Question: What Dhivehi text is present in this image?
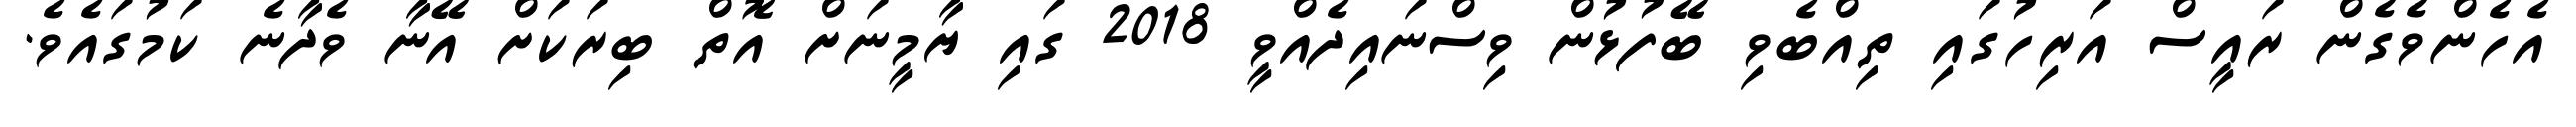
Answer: އެހެންވެގެން ރައީސް އަރިހުގައި ތިއްބެވި ބޭފުޅުން ވިސްނައިދެއްވީ 2018 ގައި ޔާމީނަށް އޮތް ބިރަކަށް އޭނާ ވެދާނެ ކަމުގައެވެ.